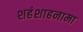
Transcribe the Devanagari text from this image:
शहंशाहनामा